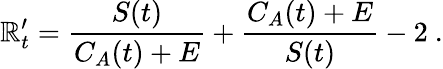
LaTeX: \mathbb{R}_{t}^{\prime}=\frac{{S(t)}}{{C_{A}(t)+E}}+\frac{{C_{A}(t)+E}}{{S(t)}}-2\ .